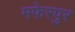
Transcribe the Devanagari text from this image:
मफेरपुर